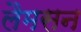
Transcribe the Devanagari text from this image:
लैमसन